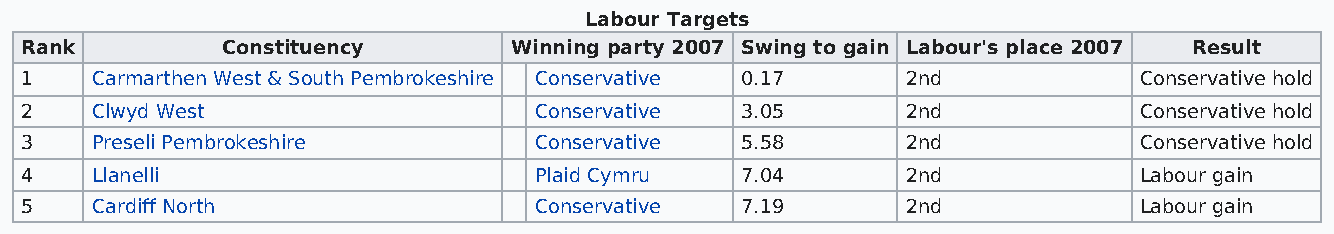
Labour Targets
 Rank          Constituency       Winning party 2007 Swing to gain Labour's place 2007 Result
 1    Carmarthen West & South Pembrokeshire Conservative 0.17 2nd          Conservative hold
 2    Clwyd West                   Conservative  3.05       2nd            Conservative hold
 3    Preseli Pembrokeshire        Conservative  5.58       2nd            Conservative hold
 4    Llanelli                     Plaid Cymru   7.04       2nd            Labour gain
 5    Cardiff North                Conservative  7.19       2nd            Labour gain